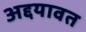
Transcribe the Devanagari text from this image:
अद्दयावत